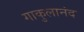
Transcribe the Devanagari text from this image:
गाकुलानंद